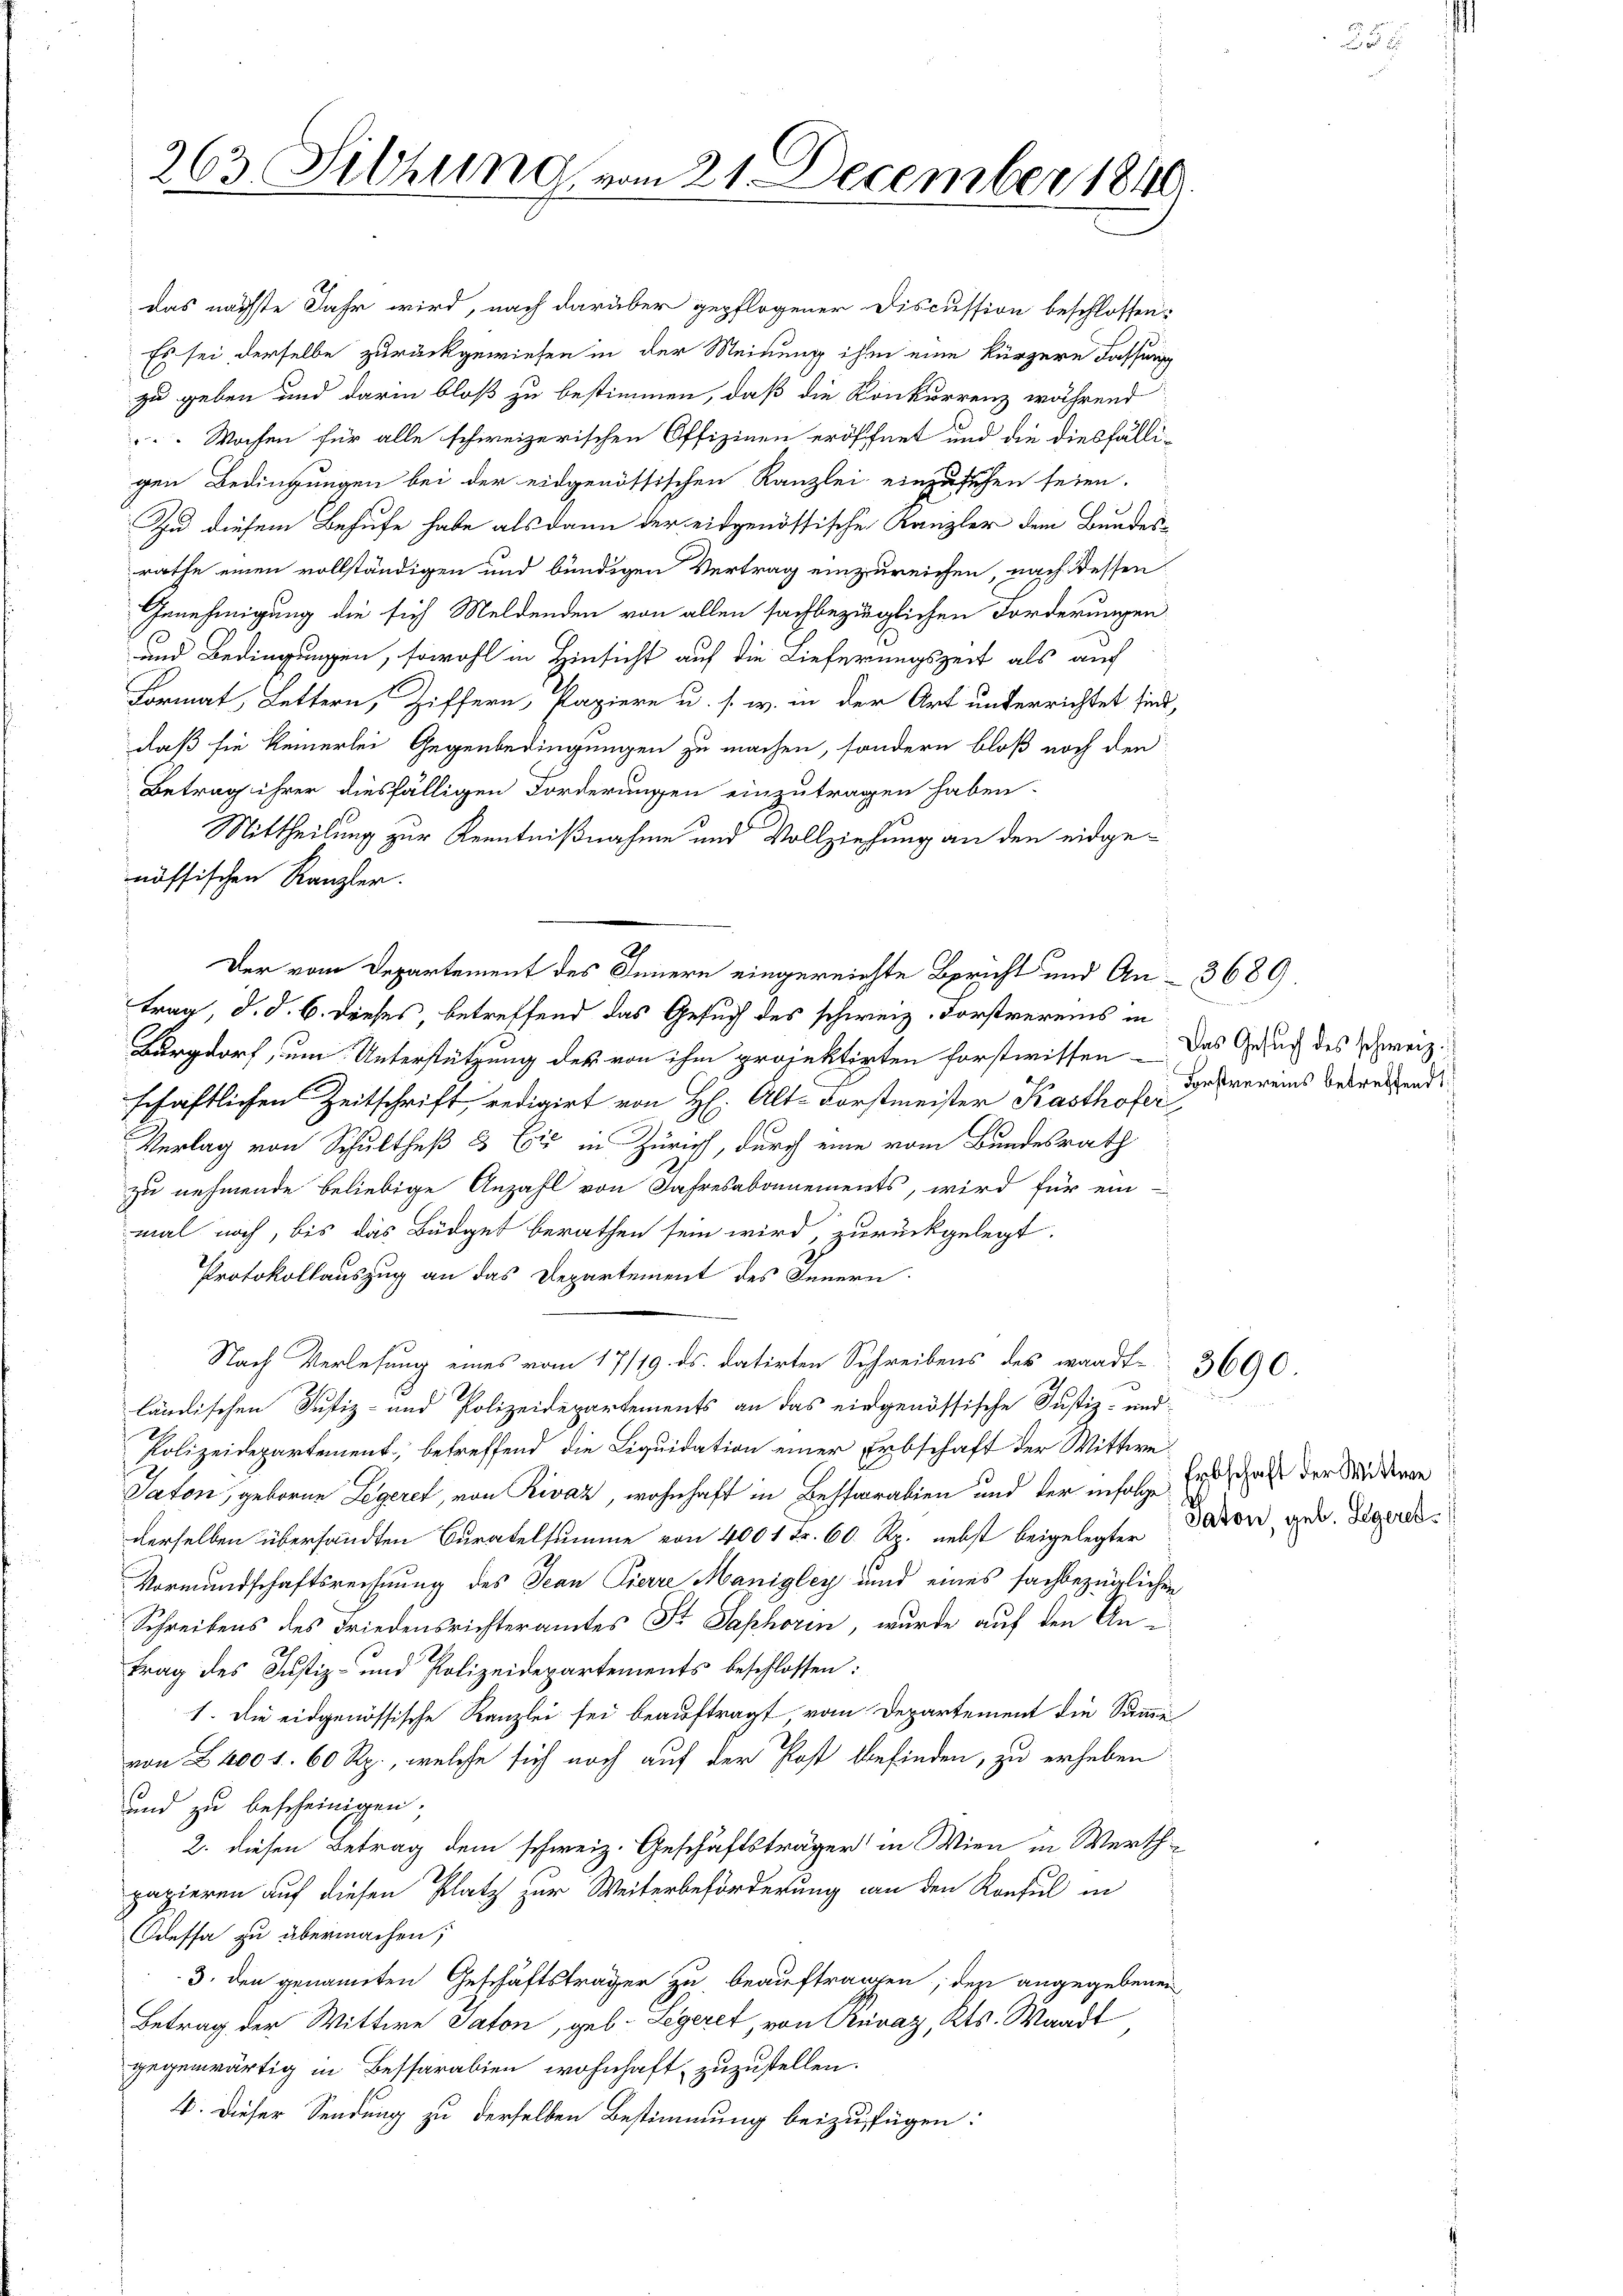
263 Setzung vom 21. December 1840.

das nächste Jahr wird, nach darüber gepflogener Discussion beschlossen:
Es sei derselbe zurückgewiesen in der Meinung ihm eine kürzere Fassung
zu geben und darin bloß zu bestimmen, daß die Konkurrenz während
Wochen für alle schweizerischen Offizinen eröffnet und die diesfälli-
gen Bedingungen bei der eidgenöthischen Kanzlei einzusehen seien.
Zu diesem Behufe habe als dann der eidgenössische Kanzler dem Bundesrathe einen vollständigen und bündigen Vertrag einzureichen, nach dessen
Genehmigung die sich Meldenden von allen sachbezüglichen Forderungen
und Bedingungen, sowohl in Hinsicht auf die Lieferungszeit als auf
Format, Lettern, Ziffern, Papiere u. s. w. in der Art unterrichtet sind,
daß sie keinerlei Gegenbedingungen zu machen, sondern bloß noch den
Betrag ihrer diesfälligen Forderungen einzutragen haben.
Mittheilung zur Kenntnißnahme und Vollziehung an den eidge-
nössischen Kanzler.
trag, d. d. 6. dieses, betreffend das Gesuch des schweiz. Forstvereins in
Burgdorf, um Unterstützung des von ihm projektirten Forstwissen - Das Gesuch des Schweiz.
schaftlichen Zeitschrift, redigirt von H. Alt-Forstmeister Kasthofer,
Verlag von Schultheß & Cie in Zürich, durch eine vom Bundesrath
zu nehmende beliebige Anzahl von Jahresabonnements, wird für ein
mal noch, bis das Büdget berathen sein wird, zurückgelegt.
Protokollauszug an das Departement des Innern
Nach Verlesung eines vom 17/19. ds. datirten Schreibens des wardt 3690.
ländischen Justiz- und Polizeidepartements an das eingenössische Justiz- und
Polizeidepartement; betreffend die Liquidation einer Erbschaft der Wittwe
Saton, geborne Legeret, von Rivaz, wohnhaft in Bestoralien und der infolge Erdschaft der Sand diese
derselben übersandten Curatelsumme von 400 1 Fr. 60 Rp. nebst beigelegter
Vormundschaftsrechnung des Jean Pierre Manigley und eines sachbezüglichen
Schreibens des Friedensrichteramtes Fr. Saphorin, wurde auf den Antrag des Justiz- und Polizeidepartements beschlossen:
1. Die eidgenössische Kanzlei sei beauftragt, vom Departement die Summe
von 2400 f. 60 Rp., welche sich noch auf der Post befinden, zu erheben:
und zu bescheinigen;
2. diesen Betrag dem schweiz. Geschäftsträger in Wien in Werthpapieren auf diesen Platz zur Weiterbeförderung an den Konsul in
Odessa zu übermachen;
3. den genannten Geschäftsträger zu beauftragen; des angegebenen
Betrag der Wittwe Saton, geb. Legeret, von Curaz, Kts. Waadt,
gegenwärtig in Bessarabien wohnhaft zuzustellen.
V. Dieser Sendung zu derselben Bestimmung beizufügen:

Der vom Departement des Innern eingereichte Bericht und An- 3689.

Forstvereins betreffend

2

Saton, geb. Legeres